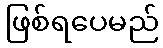
ဖြစ်ရပေမည်